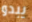
يبدو